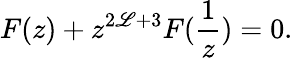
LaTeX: F(z)+z^{2\mathscr{L}+3}F(\frac{{1}}{{z}})=0.